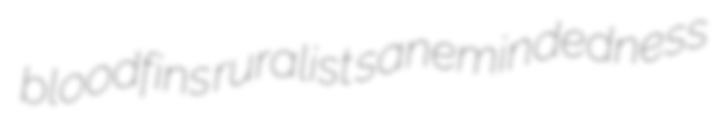
bloodfins ruralist sanemindedness